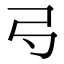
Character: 𢎚